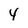
Character: 4